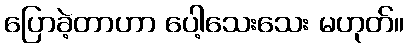
ပြောခဲ့တာဟာ ပေါ့သေးသေး မဟုတ်။